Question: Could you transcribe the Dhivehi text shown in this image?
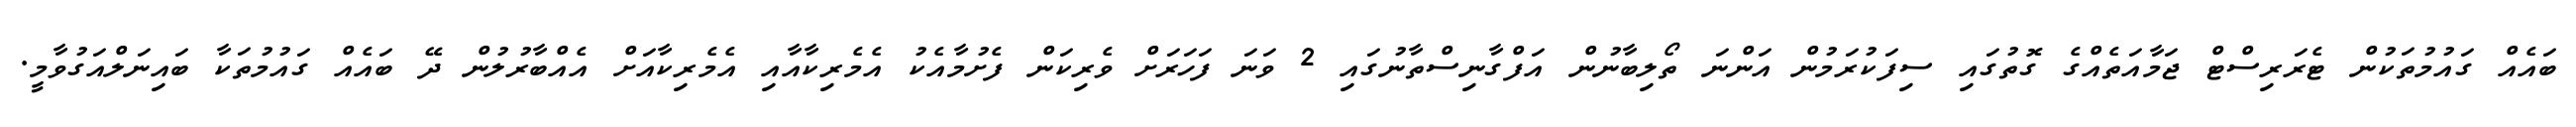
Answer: ބައެއް ގައުމުތަކުން ޓެރަރިސްޓް ޖަމާއަތެއްގެ ގޮތުގައި ސިފަކުރަމުން އަންނަ ތޯލިބާނުން އަފްގާނިސްތާނުގައި 2 ވަނަ ފަހަރަށް ވެރިކަން ފެށުމާއެކު އެމެރިކާއާއި އެމެރިކާއަށް އެއްބާރުލުން ދޭ ބައެއް ގައުމުތަކާ ބައިނަލްއަގުވާމީ.